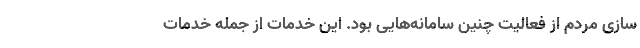
سازی مردم از فعالیت چنین سامانه‌هایی بود. این خدمات از جمله خدمات